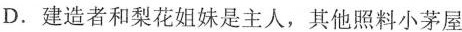
D.建造者和梨花姐妹是主人，其他照料小茅屋